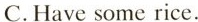
C.Have some rice.